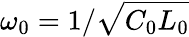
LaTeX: \omega_{0}=1/\sqrt{C_{0}L_{0}}